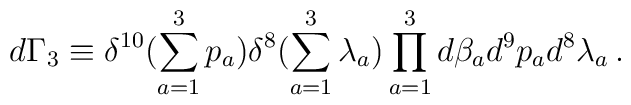
d\Gamma_3\equiv \delta^{10}(\sum_{a=1}^3p_a)\delta^8(\sum_{a=1}^3\lambda_a)\prod_{a=1}^3 d\beta_a d^9p_a d^8\lambda_a\,.